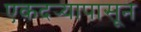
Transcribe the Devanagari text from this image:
एकदर्‍यापासून